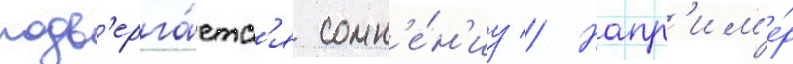
подв'ерга́етс'я сомн'е́н'иу // Напр'им'е́р